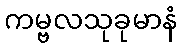
ကမ္ဗလသုခုမာနံ